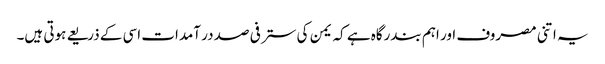
یہ اتنی مصروف اور اہم بندرگاہ ہے کہ یمن کی ستر فی صد در آمدات اسی کے ذریعے ہوتی ہیں۔